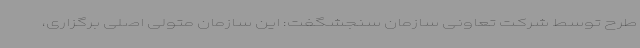
طرح توسط شرکت تعاونی سازمان سنجشگفت: این سازمان متولی اصلی برگزاری،